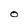
Character: O